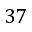
3 7